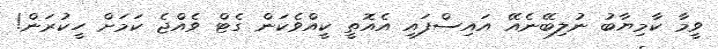
ވީމާ ކާމިޔާބު ނުލިބޭނެއޭ އައިސްފައި އެއޮތީ ކީއްވެކަން ގެޓް ވެއްޖެ ކަމަށް ހީކުރަން!